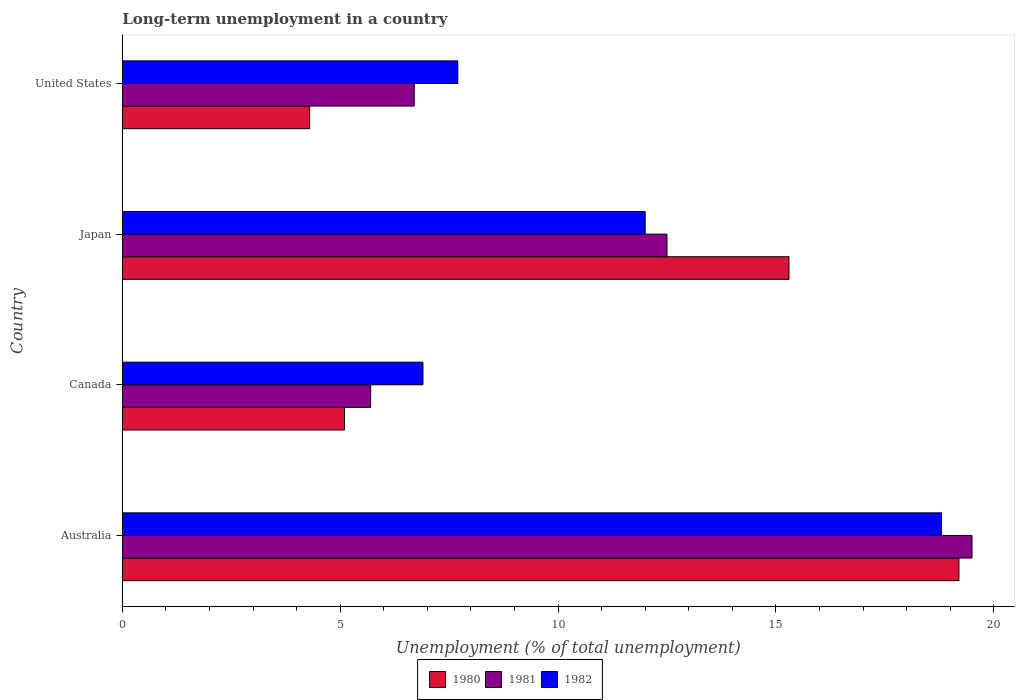
| Country | 1980 | 1981 | 1982 |
 | --- | --- | --- | --- |
 | Australia | 19.2 | 19.5 | 18.8 |
 | Canada | 5.1 | 5.7 | 6.9 |
 | Japan | 15.3 | 12.5 | 12 |
 | United States | 4.3 | 6.7 | 7.7 |